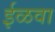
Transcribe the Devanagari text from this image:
ईळवा